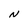
Character: N